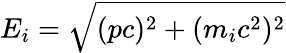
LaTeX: E_{i}=\sqrt{(pc)^{2}+(m_{i}c^{2})^{2}}